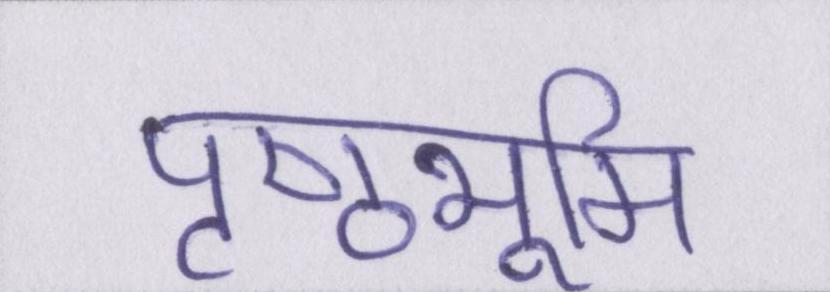
पृष्ठभूमि